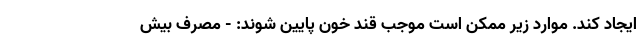
ایجاد کند. موارد زیر ممکن است موجب قند خون پایین شوند: - مصرف بیش